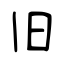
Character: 旧